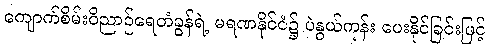
ကျောက်စိမ်းဝိညာဉ်ရေတံခွန်ရဲ့ မရဏနိုင်ငံ၌ ပဲနွယ်ကုန်း ပေးနိုင်ခြင်းဖြင့်